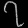
Digit: ၇